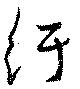
紆